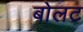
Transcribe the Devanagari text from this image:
बोलट